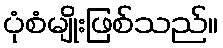
ပုံစံမျိုးဖြစ်သည်။